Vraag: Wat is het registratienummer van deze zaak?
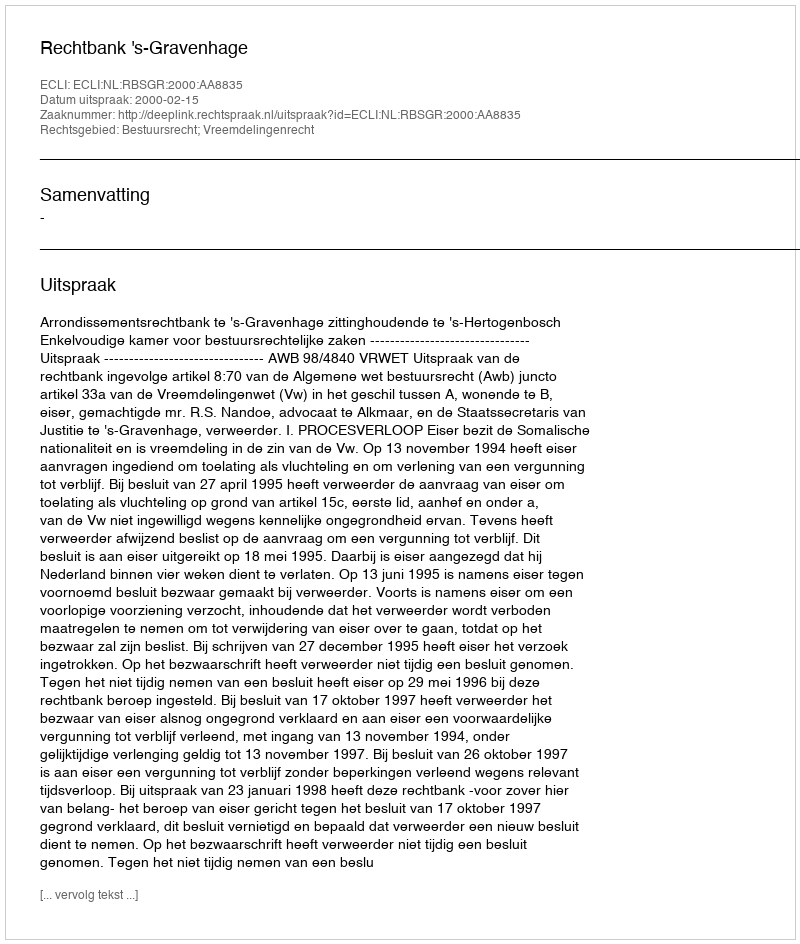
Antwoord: http://deeplink.rechtspraak.nl/uitspraak?id=ECLI:NL:RBSGR:2000:AA8835